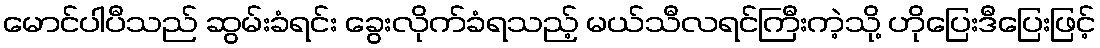
မောင်ပါပီသည် ဆွမ်းခံရင်း ခွေးလိုက်ခံရသည့် မယ်သီလရင်ကြီးကဲ့သို့ ဟိုပြေးဒီပြေးဖြင့်